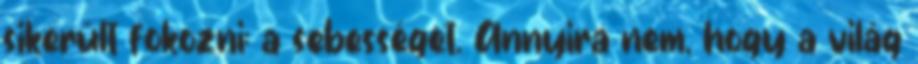
sikerült fokozni: a sebességet. Annyira nem, hogy a világ